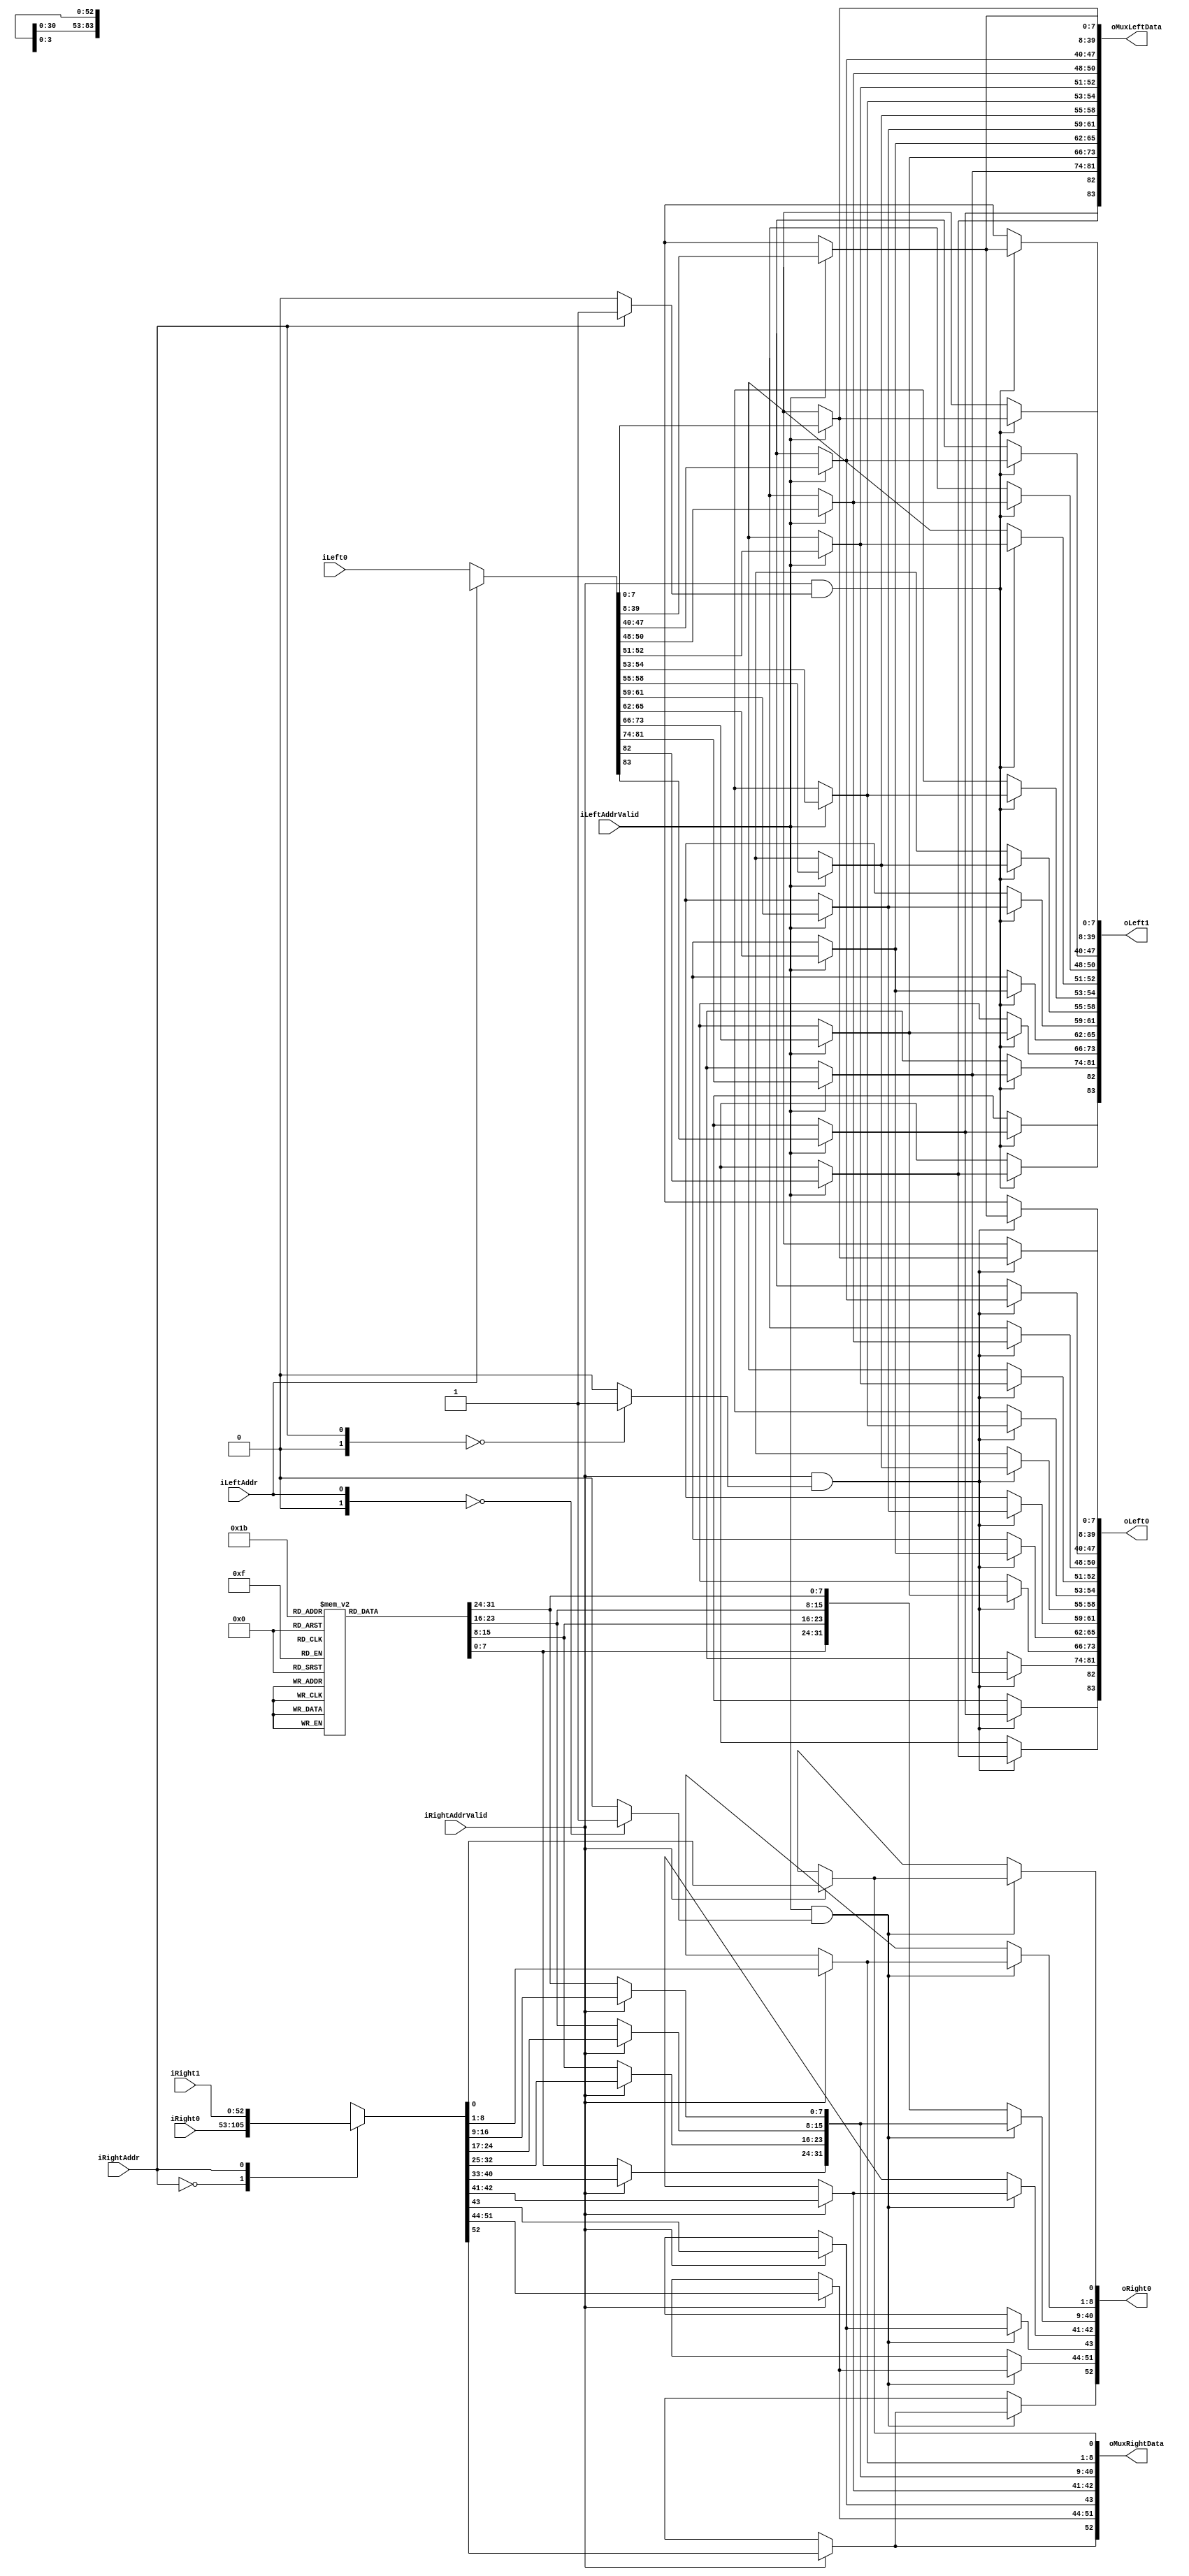
`timescale 1ns/1ps
`default_nettype none
// PLEASE READ THIS, IT MAY SAVE YOU SOME TIME AND MONEY, THANK YOU!
// * This file was generated by Quokka FPGA Toolkit.
// * Generated code is your property, do whatever you want with it
// * Place custom code between [BEGIN USER ***] and [END USER ***].
// * CAUTION: All code outside of [USER] scope is subject to regeneration.
// * Bad things happen sometimes in developer's life,
//   it is recommended to use source control management software (e.g. git, bzr etc) to keep your custom code safe'n'sound.
// * Internal structure of code is subject to change.
//   You can use some of signals in custom code, but most likely they will not exist in future (e.g. will get shorter or gone completely)
// * Please send your feedback, comments, improvement ideas etc. to evmuryshkin@gmail.com
// * Visit https://github.com/EvgenyMuryshkin/QuokkaEvaluation to access latest version of playground
//
// DISCLAIMER:
//   Code comes AS-IS, it is your responsibility to make sure it is working as expected
//   no responsibility will be taken for any loss or damage caused by use of Quokka toolkit.
//
// System configuration name is AXI4ReadInteconnectModule_1x2_TopLevel_DuplexMux, clock frequency is 1Hz, Embedded
// FSM summary
// -- Packages
module AXI4ReadInteconnectModule_1x2_TopLevel_DuplexMux
(
	// [BEGIN USER PORTS]
	// [END USER PORTS]
	input wire [83:0] iLeft0,
	input wire [0:0] iLeftAddr,
	input wire iLeftAddrValid,
	input wire [52:0] iRight0,
	input wire [52:0] iRight1,
	input wire [0:0] iRightAddr,
	input wire iRightAddrValid,
	output wire [83:0] oLeft0,
	output wire [83:0] oLeft1,
	output wire [83:0] oMuxLeftData,
	output wire [52:0] oMuxRightData,
	output wire [52:0] oRight0
);
	// [BEGIN USER SIGNALS]
	// [END USER SIGNALS]
	localparam HiSignal = 1'b1;
	localparam LoSignal = 1'b0;
	wire Zero = 1'b0;
	wire One = 1'b1;
	wire true = 1'b1;
	wire false = 1'b0;
	wire signed [1: 0] leftCount = 2'b01;
	wire signed [2: 0] rightCount = 3'b010;
	wire FullDuplexMuxModule_L94F13L104T14_0_rightIndex = 1'b0;
	wire FullDuplexMuxModule_L94F13L104T14_1_rightIndex = 1'b1;
	wire FullDuplexMuxModule_L118F13L128T14_0_leftIndex = 1'b0;
	wire [0: 0] Inputs_iLeftAddr;
	wire Inputs_iLeftAddrValid;
	wire [0: 0] Inputs_iRightAddr;
	wire Inputs_iRightAddrValid;
	reg [7: 0] mEmptyLeftData_AR_ARID;
	reg [31: 0] mEmptyLeftData_AR_ARADDR;
	reg [7: 0] mEmptyLeftData_AR_ARLEN;
	reg [2: 0] mEmptyLeftData_AR_ARSIZE;
	reg [1: 0] mEmptyLeftData_AR_ARBURST;
	reg [1: 0] mEmptyLeftData_AR_ARLOCK;
	reg [3: 0] mEmptyLeftData_AR_ARCACHE;
	reg [2: 0] mEmptyLeftData_AR_ARPROT;
	reg [3: 0] mEmptyLeftData_AR_ARQOS;
	reg [7: 0] mEmptyLeftData_AR_ARREGION;
	reg [7: 0] mEmptyLeftData_AR_ARUSER;
	reg mEmptyLeftData_AR_ARVALID;
	reg mEmptyLeftData_R_RREADY;
	reg mEmptyRightData_AR_ARREADY;
	reg [7: 0] mEmptyRightData_R_RID;
	reg [1: 0] mEmptyRightData_R_RRESP;
	reg mEmptyRightData_R_RLAST;
	reg [7: 0] mEmptyRightData_R_RUSER;
	reg mEmptyRightData_R_RVALID;
	reg [7: 0] mMuxLeftData_AR_ARID;
	reg [31: 0] mMuxLeftData_AR_ARADDR;
	reg [7: 0] mMuxLeftData_AR_ARLEN;
	reg [2: 0] mMuxLeftData_AR_ARSIZE;
	reg [1: 0] mMuxLeftData_AR_ARBURST;
	reg [1: 0] mMuxLeftData_AR_ARLOCK;
	reg [3: 0] mMuxLeftData_AR_ARCACHE;
	reg [2: 0] mMuxLeftData_AR_ARPROT;
	reg [3: 0] mMuxLeftData_AR_ARQOS;
	reg [7: 0] mMuxLeftData_AR_ARREGION;
	reg [7: 0] mMuxLeftData_AR_ARUSER;
	reg mMuxLeftData_AR_ARVALID;
	reg mMuxLeftData_R_RREADY;
	reg mMuxRightData_AR_ARREADY;
	reg [7: 0] mMuxRightData_R_RID;
	reg [1: 0] mMuxRightData_R_RRESP;
	reg mMuxRightData_R_RLAST;
	reg [7: 0] mMuxRightData_R_RUSER;
	reg mMuxRightData_R_RVALID;
	wire FullDuplexMuxModule_L94F13L104T14_0_FullDuplexMuxModule_L96F21T78_Expr;
	wire FullDuplexMuxModule_L94F13L104T14_0_FullDuplexMuxModule_L96F21T78_Expr_1;
	wire FullDuplexMuxModule_L94F13L104T14_0_FullDuplexMuxModule_L96F21T78_Expr_2;
	wire FullDuplexMuxModule_L94F13L104T14_1_FullDuplexMuxModule_L96F21T78_Expr;
	wire FullDuplexMuxModule_L94F13L104T14_1_FullDuplexMuxModule_L96F21T78_Expr_1;
	wire FullDuplexMuxModule_L94F13L104T14_1_FullDuplexMuxModule_L96F21T78_Expr_2;
	wire FullDuplexMuxModule_L118F13L128T14_0_FullDuplexMuxModule_L120F21T75_Expr;
	wire FullDuplexMuxModule_L118F13L128T14_0_FullDuplexMuxModule_L120F21T75_Expr_1;
	wire FullDuplexMuxModule_L118F13L128T14_0_FullDuplexMuxModule_L120F21T75_Expr_2;
	wire FullDuplexMuxModule_L94F13L104T14_0_FullDuplexMuxModule_L96F47T78_Expr;
	wire signed [1: 0] FullDuplexMuxModule_L94F13L104T14_0_FullDuplexMuxModule_L96F47T78_ExprLhs;
	wire signed [1: 0] FullDuplexMuxModule_L94F13L104T14_0_FullDuplexMuxModule_L96F47T78_ExprRhs;
	wire FullDuplexMuxModule_L94F13L104T14_1_FullDuplexMuxModule_L96F47T78_Expr;
	wire signed [1: 0] FullDuplexMuxModule_L94F13L104T14_1_FullDuplexMuxModule_L96F47T78_ExprLhs;
	wire signed [1: 0] FullDuplexMuxModule_L94F13L104T14_1_FullDuplexMuxModule_L96F47T78_ExprRhs;
	wire FullDuplexMuxModule_L118F13L128T14_0_FullDuplexMuxModule_L120F46T75_Expr;
	wire signed [1: 0] FullDuplexMuxModule_L118F13L128T14_0_FullDuplexMuxModule_L120F46T75_ExprLhs;
	wire signed [1: 0] FullDuplexMuxModule_L118F13L128T14_0_FullDuplexMuxModule_L120F46T75_ExprRhs;
	wire [83 : 0] Inputs_iLeft [0 : 0];
	wire [52 : 0] Inputs_iRight [0 : 1];
	reg [7 : 0] mEmptyRightData_R_RDATA [0 : 3];
	integer mEmptyRightData_R_RDATA_i;
	initial
	begin : Init_mEmptyRightData_R_RDATA
		for (mEmptyRightData_R_RDATA_i = 0; mEmptyRightData_R_RDATA_i < 4; mEmptyRightData_R_RDATA_i = mEmptyRightData_R_RDATA_i + 1)
			mEmptyRightData_R_RDATA[mEmptyRightData_R_RDATA_i] = 0;
	end
	reg [7 : 0] mMuxRightData_R_RDATA [0 : 3];
	integer mMuxRightData_R_RDATA_i;
	initial
	begin : Init_mMuxRightData_R_RDATA
		for (mMuxRightData_R_RDATA_i = 0; mMuxRightData_R_RDATA_i < 4; mMuxRightData_R_RDATA_i = mMuxRightData_R_RDATA_i + 1)
			mMuxRightData_R_RDATA[mMuxRightData_R_RDATA_i] = 0;
	end
	reg [83 : 0] mOutLeftData [0 : 1];
	integer mOutLeftData_i;
	initial
	begin : Init_mOutLeftData
		for (mOutLeftData_i = 0; mOutLeftData_i < 2; mOutLeftData_i = mOutLeftData_i + 1)
			mOutLeftData[mOutLeftData_i] = 0;
	end
	reg [52 : 0] mOutRightData [0 : 0];
	integer mOutRightData_i;
	initial
	begin : Init_mOutRightData
		for (mOutRightData_i = 0; mOutRightData_i < 1; mOutRightData_i = mOutRightData_i + 1)
			mOutRightData[mOutRightData_i] = 0;
	end
	assign FullDuplexMuxModule_L94F13L104T14_0_FullDuplexMuxModule_L96F47T78_Expr = FullDuplexMuxModule_L94F13L104T14_0_FullDuplexMuxModule_L96F47T78_ExprLhs == FullDuplexMuxModule_L94F13L104T14_0_FullDuplexMuxModule_L96F47T78_ExprRhs ? 1'b1 : 1'b0;
	assign FullDuplexMuxModule_L94F13L104T14_1_FullDuplexMuxModule_L96F47T78_Expr = FullDuplexMuxModule_L94F13L104T14_1_FullDuplexMuxModule_L96F47T78_ExprLhs == FullDuplexMuxModule_L94F13L104T14_1_FullDuplexMuxModule_L96F47T78_ExprRhs ? 1'b1 : 1'b0;
	assign FullDuplexMuxModule_L118F13L128T14_0_FullDuplexMuxModule_L120F46T75_Expr = FullDuplexMuxModule_L118F13L128T14_0_FullDuplexMuxModule_L120F46T75_ExprLhs == FullDuplexMuxModule_L118F13L128T14_0_FullDuplexMuxModule_L120F46T75_ExprRhs ? 1'b1 : 1'b0;
	assign FullDuplexMuxModule_L94F13L104T14_0_FullDuplexMuxModule_L96F21T78_Expr = FullDuplexMuxModule_L94F13L104T14_0_FullDuplexMuxModule_L96F21T78_Expr_1 & FullDuplexMuxModule_L94F13L104T14_0_FullDuplexMuxModule_L96F21T78_Expr_2;
	assign FullDuplexMuxModule_L94F13L104T14_1_FullDuplexMuxModule_L96F21T78_Expr = FullDuplexMuxModule_L94F13L104T14_1_FullDuplexMuxModule_L96F21T78_Expr_1 & FullDuplexMuxModule_L94F13L104T14_1_FullDuplexMuxModule_L96F21T78_Expr_2;
	assign FullDuplexMuxModule_L118F13L128T14_0_FullDuplexMuxModule_L120F21T75_Expr = FullDuplexMuxModule_L118F13L128T14_0_FullDuplexMuxModule_L120F21T75_Expr_1 & FullDuplexMuxModule_L118F13L128T14_0_FullDuplexMuxModule_L120F21T75_Expr_2;
	always @ (*)
	begin
		if ((Inputs_iLeftAddrValid == 1))
		begin
			mMuxLeftData_R_RREADY = Inputs_iLeft[Inputs_iLeftAddr][83];
			mMuxLeftData_AR_ARVALID = Inputs_iLeft[Inputs_iLeftAddr][82];
			mMuxLeftData_AR_ARUSER = Inputs_iLeft[Inputs_iLeftAddr][81:74];
			mMuxLeftData_AR_ARREGION = Inputs_iLeft[Inputs_iLeftAddr][73:66];
			mMuxLeftData_AR_ARQOS = Inputs_iLeft[Inputs_iLeftAddr][65:62];
			mMuxLeftData_AR_ARPROT = Inputs_iLeft[Inputs_iLeftAddr][61:59];
			mMuxLeftData_AR_ARCACHE = Inputs_iLeft[Inputs_iLeftAddr][58:55];
			mMuxLeftData_AR_ARLOCK = Inputs_iLeft[Inputs_iLeftAddr][54:53];
			mMuxLeftData_AR_ARBURST = Inputs_iLeft[Inputs_iLeftAddr][52:51];
			mMuxLeftData_AR_ARSIZE = Inputs_iLeft[Inputs_iLeftAddr][50:48];
			mMuxLeftData_AR_ARLEN = Inputs_iLeft[Inputs_iLeftAddr][47:40];
			mMuxLeftData_AR_ARADDR = Inputs_iLeft[Inputs_iLeftAddr][39:8];
			mMuxLeftData_AR_ARID = Inputs_iLeft[Inputs_iLeftAddr][7:0];
		end
		else
		begin
			mMuxLeftData_AR_ARID = mEmptyLeftData_AR_ARID;
			mMuxLeftData_AR_ARADDR = mEmptyLeftData_AR_ARADDR;
			mMuxLeftData_AR_ARLEN = mEmptyLeftData_AR_ARLEN;
			mMuxLeftData_AR_ARSIZE = mEmptyLeftData_AR_ARSIZE;
			mMuxLeftData_AR_ARBURST = mEmptyLeftData_AR_ARBURST;
			mMuxLeftData_AR_ARLOCK = mEmptyLeftData_AR_ARLOCK;
			mMuxLeftData_AR_ARCACHE = mEmptyLeftData_AR_ARCACHE;
			mMuxLeftData_AR_ARPROT = mEmptyLeftData_AR_ARPROT;
			mMuxLeftData_AR_ARQOS = mEmptyLeftData_AR_ARQOS;
			mMuxLeftData_AR_ARREGION = mEmptyLeftData_AR_ARREGION;
			mMuxLeftData_AR_ARUSER = mEmptyLeftData_AR_ARUSER;
			mMuxLeftData_AR_ARVALID = mEmptyLeftData_AR_ARVALID;
			mMuxLeftData_R_RREADY = mEmptyLeftData_R_RREADY;
		end
	end
	always @ (*)
	begin
		if ((FullDuplexMuxModule_L94F13L104T14_0_FullDuplexMuxModule_L96F21T78_Expr == 1))
		begin
			mOutLeftData[0][83] = mMuxLeftData_R_RREADY;
			mOutLeftData[0][82] = mMuxLeftData_AR_ARVALID;
			mOutLeftData[0][81:74] = mMuxLeftData_AR_ARUSER;
			mOutLeftData[0][73:66] = mMuxLeftData_AR_ARREGION;
			mOutLeftData[0][65:62] = mMuxLeftData_AR_ARQOS;
			mOutLeftData[0][61:59] = mMuxLeftData_AR_ARPROT;
			mOutLeftData[0][58:55] = mMuxLeftData_AR_ARCACHE;
			mOutLeftData[0][54:53] = mMuxLeftData_AR_ARLOCK;
			mOutLeftData[0][52:51] = mMuxLeftData_AR_ARBURST;
			mOutLeftData[0][50:48] = mMuxLeftData_AR_ARSIZE;
			mOutLeftData[0][47:40] = mMuxLeftData_AR_ARLEN;
			mOutLeftData[0][39:8] = mMuxLeftData_AR_ARADDR;
			mOutLeftData[0][7:0] = mMuxLeftData_AR_ARID;
		end
		else
		begin
			mOutLeftData[0][83] = mEmptyLeftData_R_RREADY;
			mOutLeftData[0][82] = mEmptyLeftData_AR_ARVALID;
			mOutLeftData[0][81:74] = mEmptyLeftData_AR_ARUSER;
			mOutLeftData[0][73:66] = mEmptyLeftData_AR_ARREGION;
			mOutLeftData[0][65:62] = mEmptyLeftData_AR_ARQOS;
			mOutLeftData[0][61:59] = mEmptyLeftData_AR_ARPROT;
			mOutLeftData[0][58:55] = mEmptyLeftData_AR_ARCACHE;
			mOutLeftData[0][54:53] = mEmptyLeftData_AR_ARLOCK;
			mOutLeftData[0][52:51] = mEmptyLeftData_AR_ARBURST;
			mOutLeftData[0][50:48] = mEmptyLeftData_AR_ARSIZE;
			mOutLeftData[0][47:40] = mEmptyLeftData_AR_ARLEN;
			mOutLeftData[0][39:8] = mEmptyLeftData_AR_ARADDR;
			mOutLeftData[0][7:0] = mEmptyLeftData_AR_ARID;
		end
	end
	always @ (*)
	begin
		if ((FullDuplexMuxModule_L94F13L104T14_1_FullDuplexMuxModule_L96F21T78_Expr == 1))
		begin
			mOutLeftData[1][83] = mMuxLeftData_R_RREADY;
			mOutLeftData[1][82] = mMuxLeftData_AR_ARVALID;
			mOutLeftData[1][81:74] = mMuxLeftData_AR_ARUSER;
			mOutLeftData[1][73:66] = mMuxLeftData_AR_ARREGION;
			mOutLeftData[1][65:62] = mMuxLeftData_AR_ARQOS;
			mOutLeftData[1][61:59] = mMuxLeftData_AR_ARPROT;
			mOutLeftData[1][58:55] = mMuxLeftData_AR_ARCACHE;
			mOutLeftData[1][54:53] = mMuxLeftData_AR_ARLOCK;
			mOutLeftData[1][52:51] = mMuxLeftData_AR_ARBURST;
			mOutLeftData[1][50:48] = mMuxLeftData_AR_ARSIZE;
			mOutLeftData[1][47:40] = mMuxLeftData_AR_ARLEN;
			mOutLeftData[1][39:8] = mMuxLeftData_AR_ARADDR;
			mOutLeftData[1][7:0] = mMuxLeftData_AR_ARID;
		end
		else
		begin
			mOutLeftData[1][83] = mEmptyLeftData_R_RREADY;
			mOutLeftData[1][82] = mEmptyLeftData_AR_ARVALID;
			mOutLeftData[1][81:74] = mEmptyLeftData_AR_ARUSER;
			mOutLeftData[1][73:66] = mEmptyLeftData_AR_ARREGION;
			mOutLeftData[1][65:62] = mEmptyLeftData_AR_ARQOS;
			mOutLeftData[1][61:59] = mEmptyLeftData_AR_ARPROT;
			mOutLeftData[1][58:55] = mEmptyLeftData_AR_ARCACHE;
			mOutLeftData[1][54:53] = mEmptyLeftData_AR_ARLOCK;
			mOutLeftData[1][52:51] = mEmptyLeftData_AR_ARBURST;
			mOutLeftData[1][50:48] = mEmptyLeftData_AR_ARSIZE;
			mOutLeftData[1][47:40] = mEmptyLeftData_AR_ARLEN;
			mOutLeftData[1][39:8] = mEmptyLeftData_AR_ARADDR;
			mOutLeftData[1][7:0] = mEmptyLeftData_AR_ARID;
		end
	end
	always @ (*)
	begin
		if ((Inputs_iRightAddrValid == 1))
		begin
			mMuxRightData_R_RVALID = Inputs_iRight[Inputs_iRightAddr][52];
			mMuxRightData_R_RUSER = Inputs_iRight[Inputs_iRightAddr][51:44];
			mMuxRightData_R_RLAST = Inputs_iRight[Inputs_iRightAddr][43];
			mMuxRightData_R_RRESP = Inputs_iRight[Inputs_iRightAddr][42:41];
			mMuxRightData_R_RDATA[3] = Inputs_iRight[Inputs_iRightAddr][40:33];
			mMuxRightData_R_RDATA[2] = Inputs_iRight[Inputs_iRightAddr][32:25];
			mMuxRightData_R_RDATA[1] = Inputs_iRight[Inputs_iRightAddr][24:17];
			mMuxRightData_R_RDATA[0] = Inputs_iRight[Inputs_iRightAddr][16:9];
			mMuxRightData_R_RID = Inputs_iRight[Inputs_iRightAddr][8:1];
			mMuxRightData_AR_ARREADY = Inputs_iRight[Inputs_iRightAddr][0];
		end
		else
		begin
			mMuxRightData_AR_ARREADY = mEmptyRightData_AR_ARREADY;
			mMuxRightData_R_RID = mEmptyRightData_R_RID;
			mMuxRightData_R_RDATA[0] = mEmptyRightData_R_RDATA[0];
			mMuxRightData_R_RDATA[1] = mEmptyRightData_R_RDATA[1];
			mMuxRightData_R_RDATA[2] = mEmptyRightData_R_RDATA[2];
			mMuxRightData_R_RDATA[3] = mEmptyRightData_R_RDATA[3];
			mMuxRightData_R_RRESP = mEmptyRightData_R_RRESP;
			mMuxRightData_R_RLAST = mEmptyRightData_R_RLAST;
			mMuxRightData_R_RUSER = mEmptyRightData_R_RUSER;
			mMuxRightData_R_RVALID = mEmptyRightData_R_RVALID;
		end
	end
	always @ (*)
	begin
		if ((FullDuplexMuxModule_L118F13L128T14_0_FullDuplexMuxModule_L120F21T75_Expr == 1))
		begin
			mOutRightData[0][52] = mMuxRightData_R_RVALID;
			mOutRightData[0][51:44] = mMuxRightData_R_RUSER;
			mOutRightData[0][43] = mMuxRightData_R_RLAST;
			mOutRightData[0][42:41] = mMuxRightData_R_RRESP;
			mOutRightData[0][40:9] = {
				mMuxRightData_R_RDATA[3],
				mMuxRightData_R_RDATA[2],
				mMuxRightData_R_RDATA[1],
				mMuxRightData_R_RDATA[0]
			}
			;
			mOutRightData[0][8:1] = mMuxRightData_R_RID;
			mOutRightData[0][0] = mMuxRightData_AR_ARREADY;
		end
		else
		begin
			mOutRightData[0][52] = mEmptyRightData_R_RVALID;
			mOutRightData[0][51:44] = mEmptyRightData_R_RUSER;
			mOutRightData[0][43] = mEmptyRightData_R_RLAST;
			mOutRightData[0][42:41] = mEmptyRightData_R_RRESP;
			mOutRightData[0][40:9] = {
				mEmptyRightData_R_RDATA[3],
				mEmptyRightData_R_RDATA[2],
				mEmptyRightData_R_RDATA[1],
				mEmptyRightData_R_RDATA[0]
			}
			;
			mOutRightData[0][8:1] = mEmptyRightData_R_RID;
			mOutRightData[0][0] = mEmptyRightData_AR_ARREADY;
		end
	end
	assign FullDuplexMuxModule_L94F13L104T14_0_FullDuplexMuxModule_L96F47T78_ExprLhs = {
		1'b0,
		Inputs_iRightAddr
	}
	;
	assign FullDuplexMuxModule_L94F13L104T14_0_FullDuplexMuxModule_L96F47T78_ExprRhs = {
		1'b0,
		FullDuplexMuxModule_L94F13L104T14_0_rightIndex
	}
	;
	assign FullDuplexMuxModule_L94F13L104T14_1_FullDuplexMuxModule_L96F47T78_ExprLhs = {
		1'b0,
		Inputs_iRightAddr
	}
	;
	assign FullDuplexMuxModule_L94F13L104T14_1_FullDuplexMuxModule_L96F47T78_ExprRhs = {
		1'b0,
		FullDuplexMuxModule_L94F13L104T14_1_rightIndex
	}
	;
	assign FullDuplexMuxModule_L118F13L128T14_0_FullDuplexMuxModule_L120F46T75_ExprLhs = {
		1'b0,
		Inputs_iLeftAddr
	}
	;
	assign FullDuplexMuxModule_L118F13L128T14_0_FullDuplexMuxModule_L120F46T75_ExprRhs = {
		1'b0,
		FullDuplexMuxModule_L118F13L128T14_0_leftIndex
	}
	;
	assign FullDuplexMuxModule_L94F13L104T14_0_FullDuplexMuxModule_L96F21T78_Expr_1 = Inputs_iRightAddrValid;
	assign FullDuplexMuxModule_L94F13L104T14_0_FullDuplexMuxModule_L96F21T78_Expr_2 = FullDuplexMuxModule_L94F13L104T14_0_FullDuplexMuxModule_L96F47T78_Expr;
	assign FullDuplexMuxModule_L94F13L104T14_1_FullDuplexMuxModule_L96F21T78_Expr_1 = Inputs_iRightAddrValid;
	assign FullDuplexMuxModule_L94F13L104T14_1_FullDuplexMuxModule_L96F21T78_Expr_2 = FullDuplexMuxModule_L94F13L104T14_1_FullDuplexMuxModule_L96F47T78_Expr;
	assign FullDuplexMuxModule_L118F13L128T14_0_FullDuplexMuxModule_L120F21T75_Expr_1 = Inputs_iLeftAddrValid;
	assign FullDuplexMuxModule_L118F13L128T14_0_FullDuplexMuxModule_L120F21T75_Expr_2 = FullDuplexMuxModule_L118F13L128T14_0_FullDuplexMuxModule_L120F46T75_Expr;
	assign Inputs_iLeft[0] = iLeft0;
	assign Inputs_iLeftAddr = iLeftAddr;
	assign Inputs_iLeftAddrValid = iLeftAddrValid;
	assign Inputs_iRight[0] = iRight0;
	assign Inputs_iRight[1] = iRight1;
	assign Inputs_iRightAddr = iRightAddr;
	assign Inputs_iRightAddrValid = iRightAddrValid;
	assign oLeft0 = mOutLeftData[0];
	assign oLeft1 = mOutLeftData[1];
	assign oMuxLeftData[83] = mMuxLeftData_R_RREADY;
	assign oMuxLeftData[82] = mMuxLeftData_AR_ARVALID;
	assign oMuxLeftData[81:74] = mMuxLeftData_AR_ARUSER;
	assign oMuxLeftData[73:66] = mMuxLeftData_AR_ARREGION;
	assign oMuxLeftData[65:62] = mMuxLeftData_AR_ARQOS;
	assign oMuxLeftData[61:59] = mMuxLeftData_AR_ARPROT;
	assign oMuxLeftData[58:55] = mMuxLeftData_AR_ARCACHE;
	assign oMuxLeftData[54:53] = mMuxLeftData_AR_ARLOCK;
	assign oMuxLeftData[52:51] = mMuxLeftData_AR_ARBURST;
	assign oMuxLeftData[50:48] = mMuxLeftData_AR_ARSIZE;
	assign oMuxLeftData[47:40] = mMuxLeftData_AR_ARLEN;
	assign oMuxLeftData[39:8] = mMuxLeftData_AR_ARADDR;
	assign oMuxLeftData[7:0] = mMuxLeftData_AR_ARID;
	assign oMuxRightData[52] = mMuxRightData_R_RVALID;
	assign oMuxRightData[51:44] = mMuxRightData_R_RUSER;
	assign oMuxRightData[43] = mMuxRightData_R_RLAST;
	assign oMuxRightData[42:41] = mMuxRightData_R_RRESP;
	assign oMuxRightData[40:33] = mMuxRightData_R_RDATA[3];
	assign oMuxRightData[32:25] = mMuxRightData_R_RDATA[2];
	assign oMuxRightData[24:17] = mMuxRightData_R_RDATA[1];
	assign oMuxRightData[16:9] = mMuxRightData_R_RDATA[0];
	assign oMuxRightData[8:1] = mMuxRightData_R_RID;
	assign oMuxRightData[0] = mMuxRightData_AR_ARREADY;
	assign oRight0 = mOutRightData[0];
	// [BEGIN USER ARCHITECTURE]
	// [END USER ARCHITECTURE]
endmodule